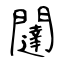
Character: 闥